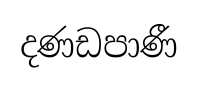
දණඩපාණී